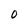
Character: O